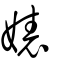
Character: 婊